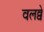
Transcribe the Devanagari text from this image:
वलव्वे